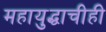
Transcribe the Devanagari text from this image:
महायुद्धाचीही